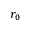
r _ { 0 }